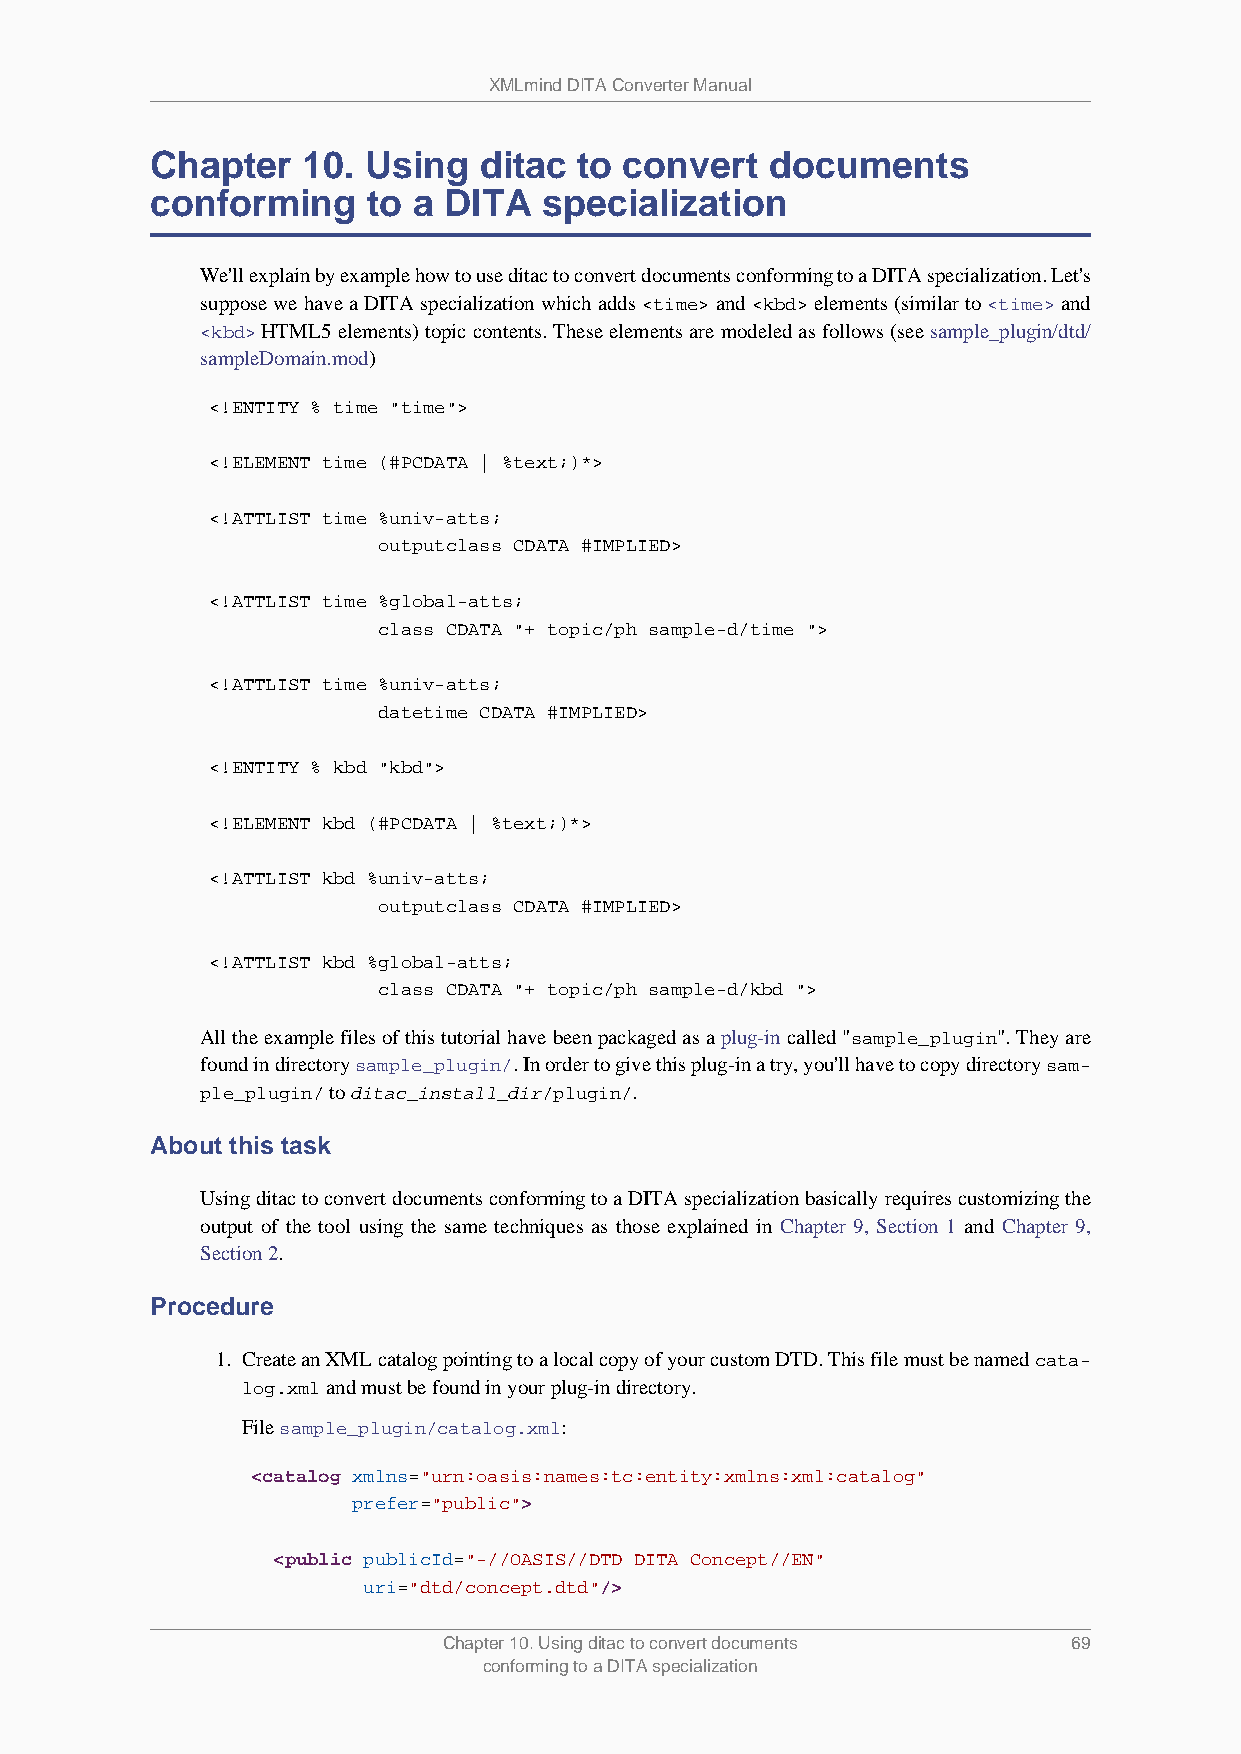
XMLmind DITA Converter Manual
 Chapter   10. Using   ditac to convert   documents
 conforming    to a DITA   specialization
 We'll explain by example how to use ditac to convert documents conforming to a DITA specialization. Let's
 suppose we have a DITA specialization which adds <time> and <kbd> elements (similar to <time> and
 <kbd> HTML5 elements) topic contents. These elements are modeled as follows (see sample_plugin/dtd/
 sampleDomain.mod)
 <!ENTITY % time "time">
 <!ELEMENT time (#PCDATA | %text;)*>
 <!ATTLIST time %univ-atts;
 outputclass CDATA #IMPLIED>
 <!ATTLIST time %global-atts;
 class CDATA "+ topic/ph sample-d/time ">
 <!ATTLIST time %univ-atts;
 datetime CDATA #IMPLIED>
 <!ENTITY % kbd "kbd">
 <!ELEMENT kbd (#PCDATA | %text;)*>
 <!ATTLIST kbd %univ-atts;
 outputclass CDATA #IMPLIED>
 <!ATTLIST kbd %global-atts;
 class CDATA "+ topic/ph sample-d/kbd ">
 All the example files of this tutorial have been packaged as a plug-in called "sample_plugin". They are
 found in directory sample_plugin/. In order to give this plug-in a try, you'll have to copy directory sam-
 ple_plugin/ to ditac_install_dir/plugin/.
 About this task
 Using ditac to convert documents conforming to a DITA specialization basically requires customizing the
 output of the tool using the same techniques as those explained in Chapter 9, Section 1 and Chapter 9,
 Section 2.
 Procedure
 1. Create an XML catalog pointing to a local copy of your custom DTD. This file must be named cata-
 log.xml and must be found in your plug-in directory.
 File sample_plugin/catalog.xml:
 <catalog xmlns="urn:oasis:names:tc:entity:xmlns:xml:catalog"
 prefer="public">
 <public publicId="-//OASIS//DTD DITA Concept//EN"
 uri="dtd/concept.dtd"/>
 Chapter 10. Using ditac to convert documents 69
 conforming to a DITA specialization